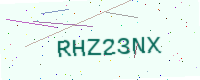
Text: RHZ23NX